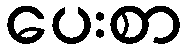
ပေးစာ